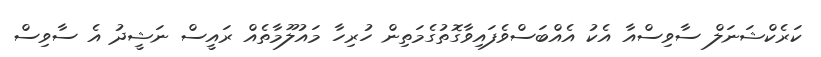
ކަރެކްޝަނަލް ސާވިސްއާ އެކު އެއްބަސްވެފައިވާގޮތުގެމަތިން ހުރިހާ މައުލޫމާތެއް ރައީސް ނަޝީދު އެ ސާވިސް